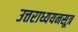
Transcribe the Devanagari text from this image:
उत्तराध्ययनसूत्र